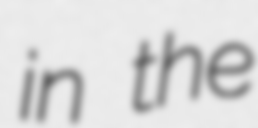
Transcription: in the